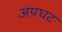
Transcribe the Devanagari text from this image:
अपघट